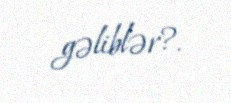
gəliblər?.